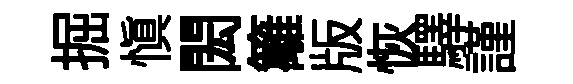
掘慎閎籬版恢驛謹